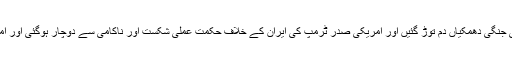
سید حسن نصر اللہ نے کہا کہ تمام یورپی مبصرین واضح طور پر کہتے ہیں کہ ایران کے خلاف امریکی جنگی دھمکیاں دم توڑ گئیں اور امریکی صدر ٹرمپ کی ایران کے خلاف حکمت عملی شکست اور ناکامی سے دوچار ہوگئی اور امریکی صدر ٹرمپ ایران کے ساتھ ٹیلی فونک مکالمہ کا انتظار کر رہا ہے لیکن ایسا ہونے والا نہیں ہے۔